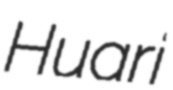
Huari